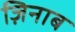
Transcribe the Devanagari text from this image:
ज़िनाब